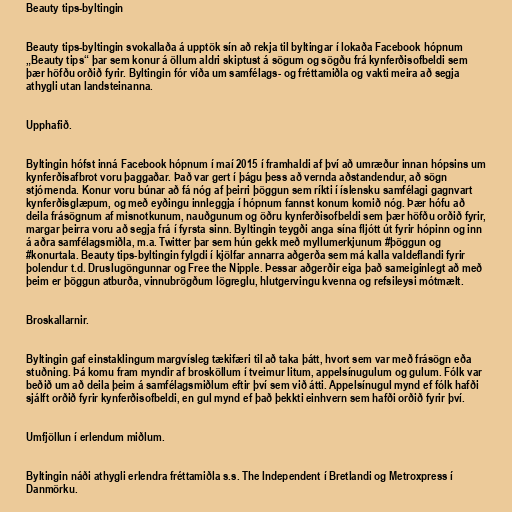
Beauty tips-byltingin

Beauty tips-byltingin svokallaða á upptök sín að rekja til byltingar í lokaða Facebook hópnum
„Beauty tips“ þar sem konur á öllum aldri skiptust á sögum og sögðu frá kynferðisofbeldi sem
þær höfðu orðið fyrir. Byltingin fór víða um samfélags- og fréttamiðla og vakti meira að segja
athygli utan landsteinanna.

Upphafið.

Byltingin hófst inná Facebook hópnum í maí 2015 í framhaldi af því að umræður innan hópsins um
kynferðisafbrot voru þaggaðar. Það var gert í þágu þess að vernda aðstandendur, að sögn
stjórnenda. Konur voru búnar að fá nóg af þeirri þöggun sem ríkti í íslensku samfélagi gagnvart
kynferðisglæpum, og með eyðingu innleggja í hópnum fannst konum komið nóg. Þær hófu að
deila frásögnum af misnotkunum, nauðgunum og öðru kynferðisofbeldi sem þær höfðu orðið fyrir,
margar þeirra voru að segja frá í fyrsta sinn. Byltingin teygði anga sína fljótt út fyrir hópinn og inn
á aðra samfélagsmiðla, m.a. Twitter þar sem hún gekk með myllumerkjunum #þöggun og
#konurtala. Beauty tips-byltingin fylgdi í kjölfar annarra aðgerða sem má kalla valdeflandi fyrir
þolendur t.d. Druslugöngunnar og Free the Nipple. Þessar aðgerðir eiga það sameiginlegt að með
þeim er þöggun atburða, vinnubrögðum lögreglu, hlutgervingu kvenna og refsileysi mótmælt.

Broskallarnir.

Byltingin gaf einstaklingum margvísleg tækifæri til að taka þátt, hvort sem var með frásögn eða
stuðning. Þá komu fram myndir af brosköllum í tveimur litum, appelsínugulum og gulum. Fólk var
beðið um að deila þeim á samfélagsmiðlum eftir því sem við átti. Appelsínugul mynd ef fólk hafði
sjálft orðið fyrir kynferðisofbeldi, en gul mynd ef það þekkti einhvern sem hafði orðið fyrir því.

Umfjöllun í erlendum miðlum.

Byltingin náði athygli erlendra fréttamiðla s.s. The Independent í Bretlandi og Metroxpress í
Danmörku.